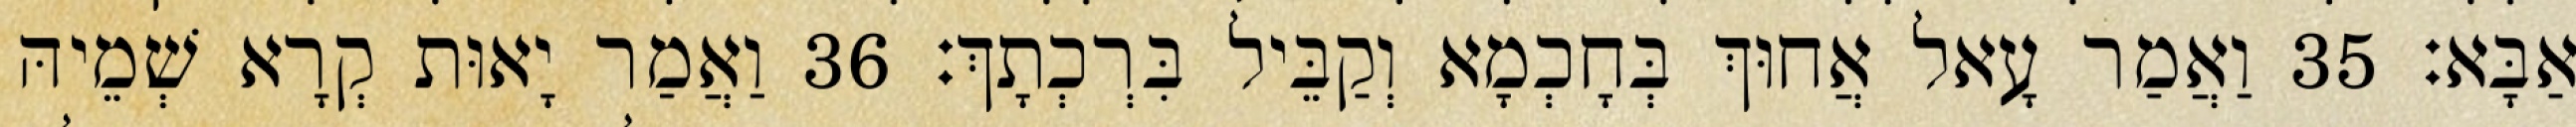
אַבָּא׃ 35 וַאֲמַר עָאל אֲחוּךְ בְּחָכְמָא וְקַבֵּיל בִּרְכְתָךְ׃ 36 וַאֲמַר יָאוּת קְרָא שְׁמֵיהּ